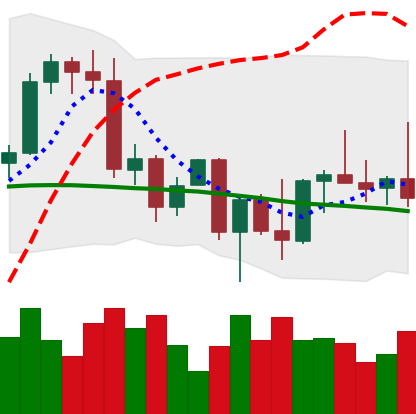
Ticker: BNB-USD
Chart end date: 2022-09-27
Forward return: 4.417%
Label: up_3_5